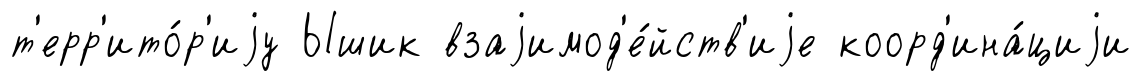
т'ерр'ито́р'иjу Ышик взаjимод'е́йств'иjе коорд'ина́циjи